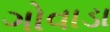
ગોવાડા